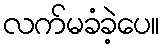
လက်မခံခဲ့ပေ။